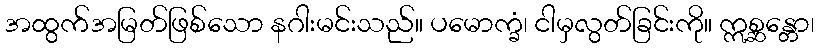
အထွက်အမြတ်ဖြစ်သော နဂါးမင်းသည်။ ပမောက္ခံ၊ ငါမှလွတ်ခြင်းကို။ ဣစ္ဆန္တော၊